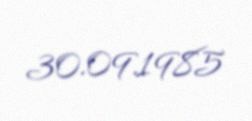
30.09.1985